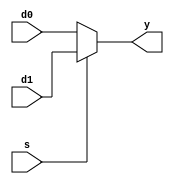

module mux21_bh(y , s , d0, d1);
input s,d0,d1;
output y;
/*if(s==1b0) begin
    y=d0;
end
else begin
    y=d1;
    // y=d0 or d1;
end*/

assign y=(s==1'b0)?d0:d1;

endmodule